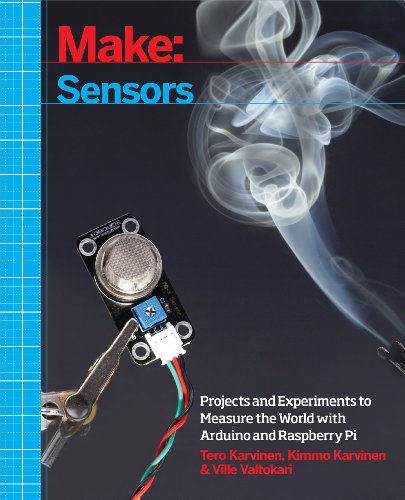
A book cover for Make: Sensors: A Hands-On Primer for Monitoring the Real World with Arduino and Raspberry Pi; Tero Karvinen; Engineering & Transportation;